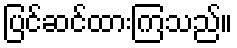
ပြင်ဆင်ထားကြသည်။